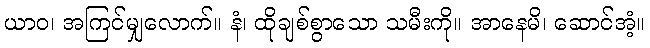
ယာဝ၊ အကြင်မျှလောက်။ နံ၊ ထိုချစ်စွာသော သမီးကို။ အာနေမိ၊ ဆောင်အံ့။